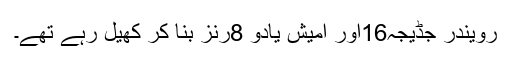
رویندر جڈیجہ16اور امیش یادو 8رنز بنا کر کھیل رہے تھے۔